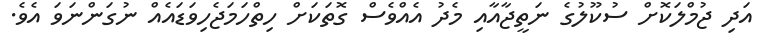
އަދި ޖުމްލަކޮށް ސުކޫލުގެ ނަތީޖާއާއި މެދު އެއްވެސް ގޮތަކަށް ހިތްހަމަޖެހިވަޑައެއް ނުގަންނަވަ އެވެ.